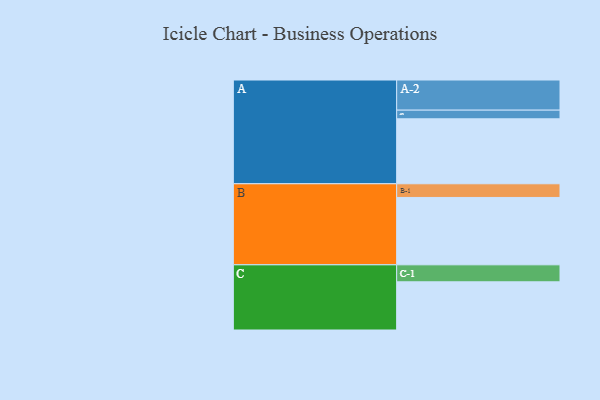
{"axis": {"x": "Segment", "y": "Value"}, "legend": ["", "A", "B", "C"], "data": [{"x": "A", "y": 569, "type": ""}, {"x": "B", "y": 590, "type": ""}, {"x": "C", "y": 422, "type": ""}, {"x": "A-1", "y": 76, "type": "A"}, {"x": "A-2", "y": 264, "type": "A"}, {"x": "B-1", "y": 120, "type": "B"}, {"x": "C-1", "y": 149, "type": "C"}]}